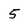
Character: 5